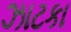
ઝાટકા